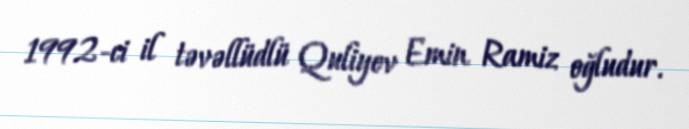
1992-ci il təvəllüdlü Quliyev Emin Ramiz oğludur.